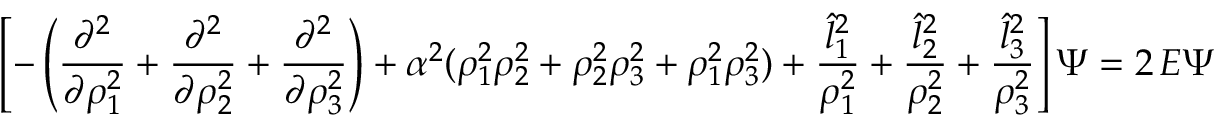
\left[ - \left( { \frac { \partial ^ { 2 } } { \partial \rho _ { 1 } ^ { 2 } } } + { \frac { \partial ^ { 2 } } { \partial \rho _ { 2 } ^ { 2 } } } + { \frac { \partial ^ { 2 } } { \partial \rho _ { 3 } ^ { 2 } } } \right) + { \alpha ^ { 2 } } ( \rho _ { 1 } ^ { 2 } \rho _ { 2 } ^ { 2 } + \rho _ { 2 } ^ { 2 } \rho _ { 3 } ^ { 2 } + \rho _ { 1 } ^ { 2 } \rho _ { 3 } ^ { 2 } ) + \frac { { \hat { l } _ { 1 } } ^ { 2 } } { \rho _ { 1 } ^ { 2 } } + \frac { { \hat { l } _ { 2 } } ^ { 2 } } { \rho _ { 2 } ^ { 2 } } + \frac { { \hat { l } _ { 3 } } ^ { 2 } } { \rho _ { 3 } ^ { 2 } } \right] \Psi = 2 \, E \Psi